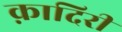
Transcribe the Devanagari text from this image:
क़ादिरी